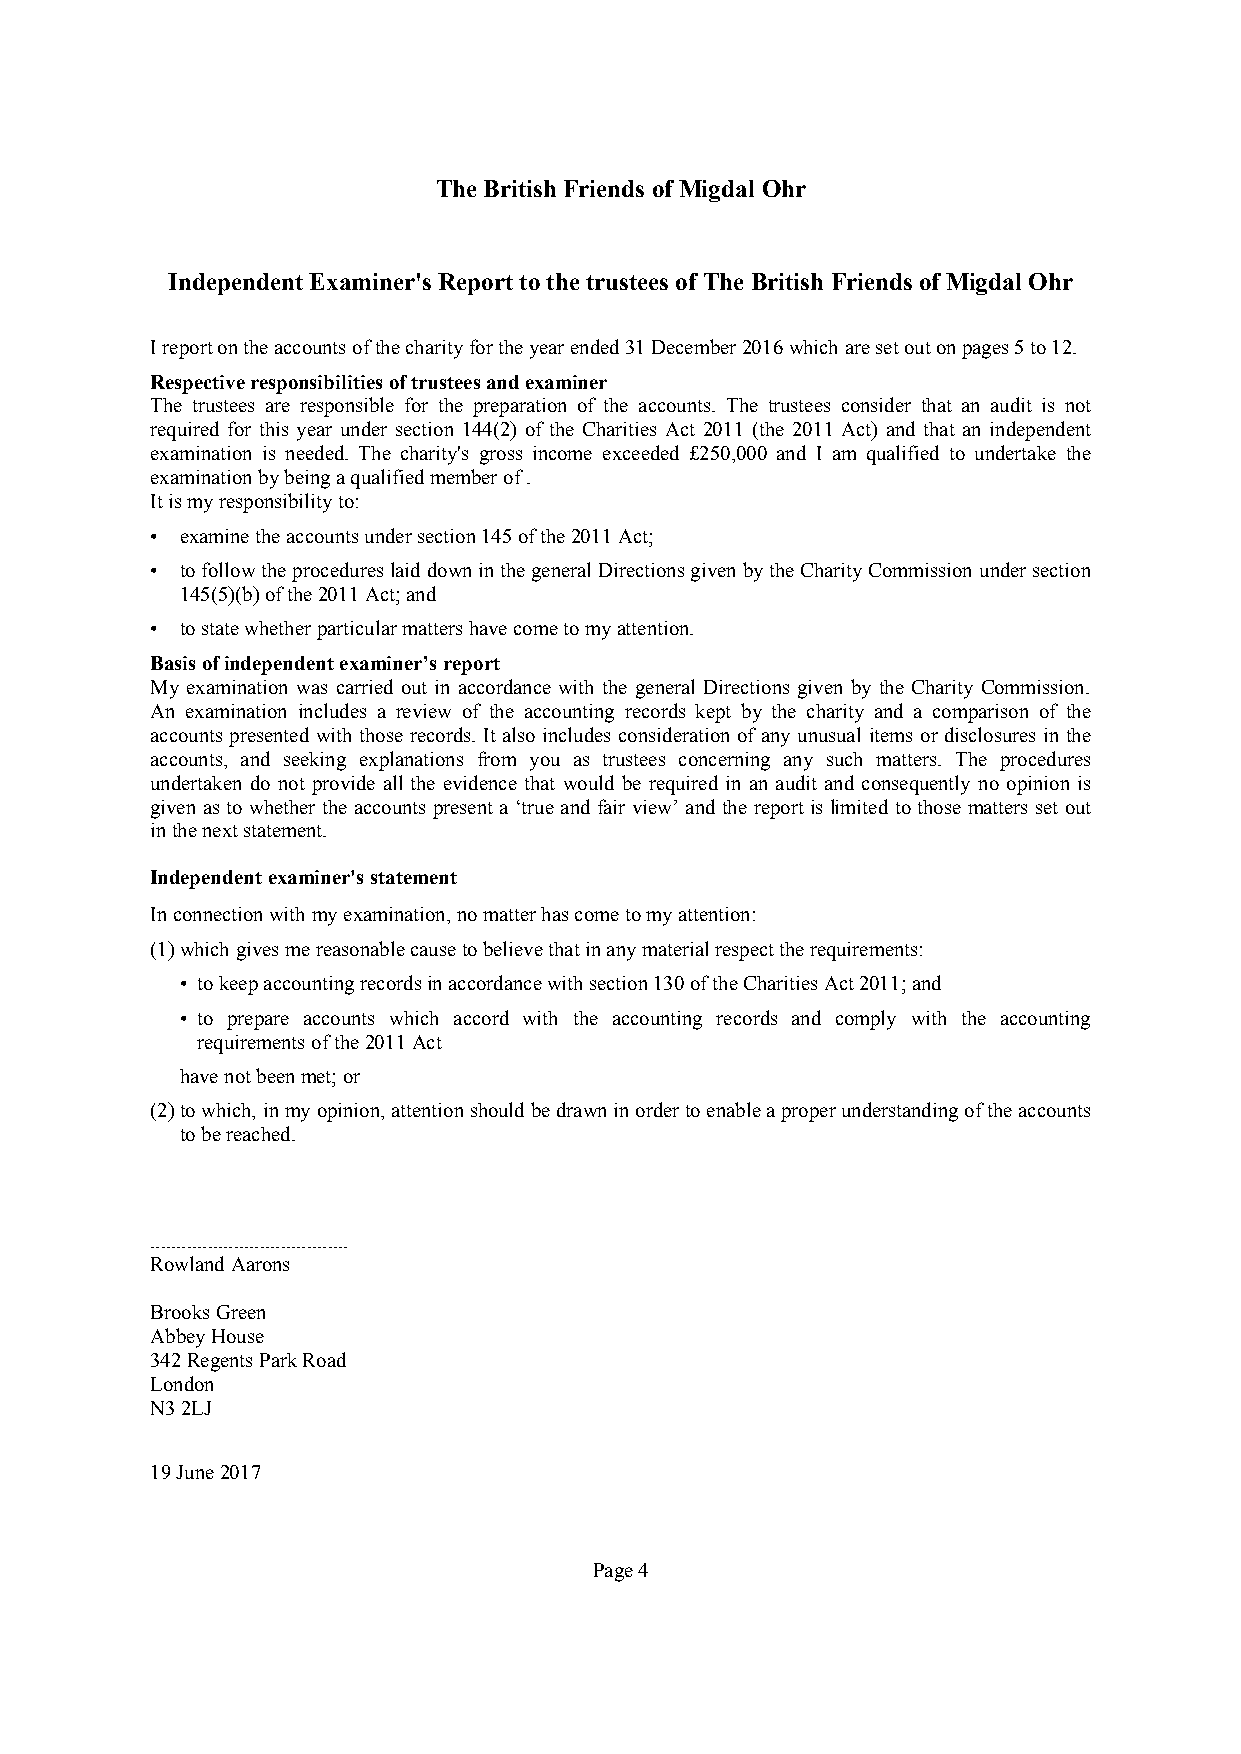
TheBritish Friends ofMigdal Ohr
 IndependentExaminer's Report tothetrustees of TheBritish Friends ofMigdalOhr
 Ireportontheaccountsofthecharityfortheyearended31December2016whicharesetoutonpages5to12.
 Respectiveresponsibilitiesoftrusteesandexaminer
 The trustees are responsible for the preparation of the accounts. The trustees consider that an audit is not
 required for this year under section 144(2) of the Charities Act 2011 (the 2011 Act) and that an independent
 examination is needed. The charity's gross income exceeded £250,000 and I am qualified to undertake the
 examinationbybeingaqualifiedmemberof.
 Itismyresponsibilityto:
 • examinetheaccountsundersection145ofthe2011Act;
 • tofollowtheprocedureslaiddowninthegeneralDirectionsgivenbytheCharityCommission undersection
 145(5)(b)ofthe2011Act;and
 • tostatewhether particularmattershavecometomyattention.
 Basisofindependentexaminer’sreport
 My examination was carried out in accordance with the general Directions given by the Charity Commission.
 An examination includes a review of the accounting records kept by the charity and a comparison of the
 accounts presented with those records. It also includes consideration of any unusual items or disclosures in the
 accounts, and seeking explanations from you as trustees concerning any such matters. The procedures
 undertaken do not provide all the evidence that would be required in an audit and consequently no opinion is
 given asto whether the accounts present a ‘true and fair view’ and the reportislimited to those matters set out
 inthenextstatement.
 Independentexaminer'sstatement
 Inconnectionwithmyexamination, nomatterhascometomyattention:
 (1)whichgivesmereasonablecausetobelievethatinanymaterialrespecttherequirements:
 • tokeepaccountingrecordsinaccordancewithsection130oftheCharitiesAct2011;and
 • to prepare accounts which accord with the accounting records and comply with the accounting
 requirementsofthe2011Act
 havenotbeenmet;or
 (2)towhich, inmyopinion,attentionshouldbedrawninordertoenableaproperunderstandingoftheaccounts
 tobereached.
 ......................................
 RowlandAarons
 BrooksGreen
 AbbeyHouse
 342RegentsParkRoad
 London
 N32LJ
 19June2017
 Page4